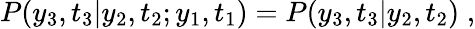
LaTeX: P(y_{3},t_{3}|y_{2},t_{2};y_{1},t_{1})=P(y_{3},t_{3}|y_{2},t_{2})\; ,